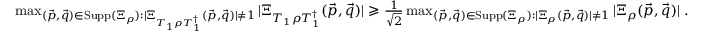
\begin{array} { r } { \operatorname* { m a x } _ { ( \vec { p } , \vec { q } ) \in \mathrm { S u p p } ( \Xi _ { \rho } ) : | \Xi _ { T _ { 1 } \rho T _ { 1 } ^ { \dag } } ( \vec { p } , \vec { q } ) | \neq 1 } | \Xi _ { T _ { 1 } \rho T _ { 1 } ^ { \dag } } ( \vec { p } , \vec { q } ) | \geqslant \frac { 1 } { \sqrt { 2 } } \operatorname* { m a x } _ { ( \vec { p } , \vec { q } ) \in \mathrm { S u p p } ( \Xi _ { \rho } ) : | \Xi _ { \rho } ( \vec { p } , \vec { q } ) | \neq 1 } | \Xi _ { \rho } ( \vec { p } , \vec { q } ) | \; . } \end{array}